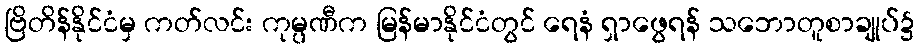
ဗြိတိန်နိုင်ငံမှ ကတ်လင်း ကုမ္ပဏီက မြန်မာနိုင်ငံတွင် ရေနံ ရှာဖွေရန် သဘောတူစာချုပ်၌